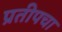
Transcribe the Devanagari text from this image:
प्रतीपचा